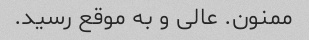
ممنون. عالی و به موقع رسید.